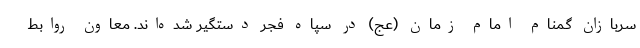
سربازان گمنام امام زمان (عج) در سپاه فجر دستگیر شده‌اند. معاون روابط